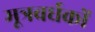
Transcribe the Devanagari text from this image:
मूत्रवर्धकों